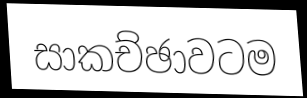
සාකච්ඡාවටම